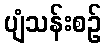
ပျံသန်းစဉ်